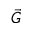
\vec { G }